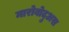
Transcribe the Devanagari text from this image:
मारोबोदुअस